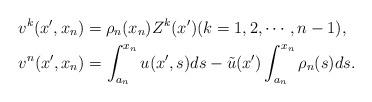
LaTeX: \begin{align*}& v^k(x',x_n)=\rho_n(x_n) Z^k(x') (k=1,2,\cdots, n-1),\\&v^n (x',x_n)=\int_{a_n}^{x_n}u(x',s)ds -\tilde u(x') \int_{a_n}^{x_n} \rho_n(s) ds.\end{align*}